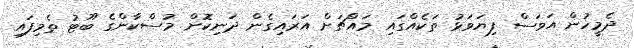
ދެމީހުން އަވަސް ފިޔަވަޅު ތަކެއްގައި މައްޗަށް އަރައިގެން ދަނިކޮށް މުސްކާންގެ ބޫޓު ތެމިފައި